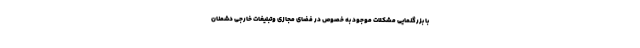
با بزرگنمایی مشکلات موجود به خصوص در فضای مجازی وتبلیغات خارجی دشمنان